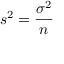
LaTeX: s ^ { 2 } = { \frac { \sigma ^ { 2 } } { n } }